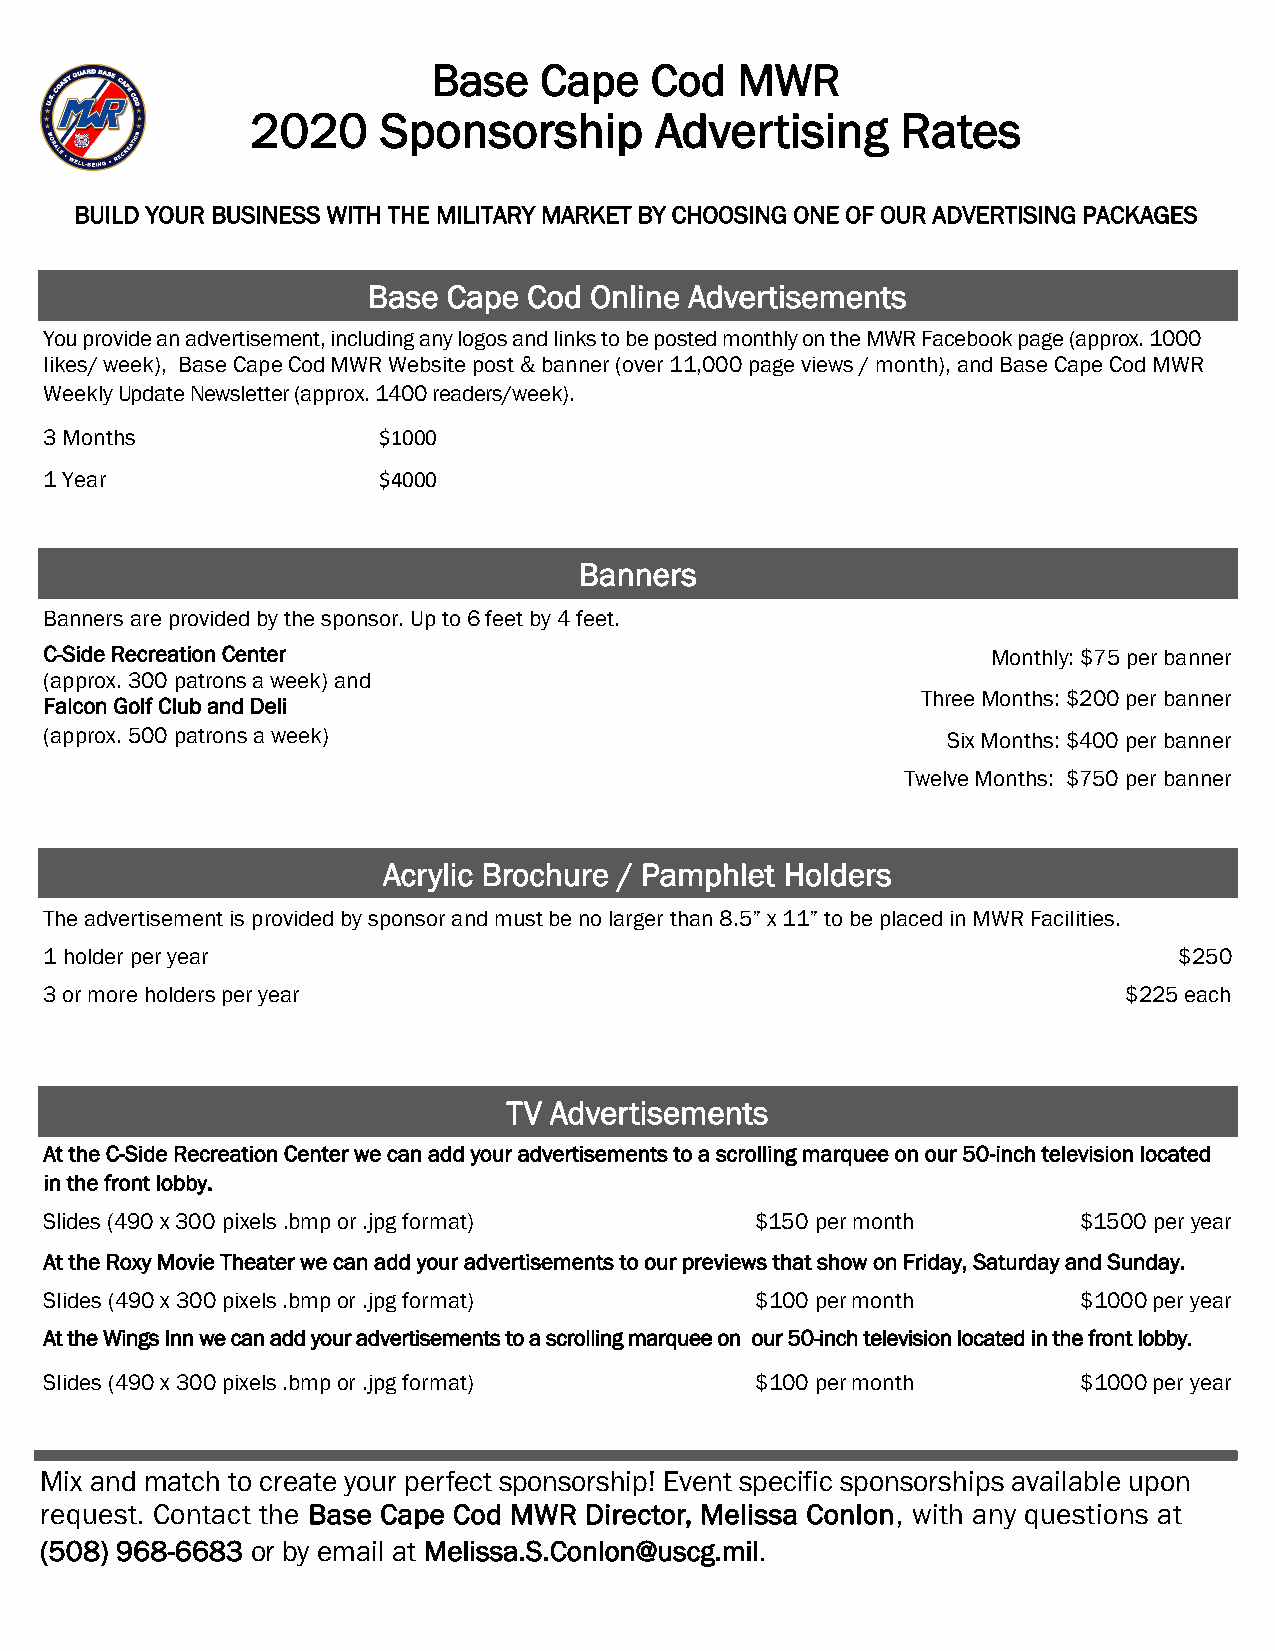
Base   Cape   Cod   MWR
 2020    Sponsorship       Advertising      Rates
 BUILD YOUR BUSINESS WITH THE MILITARY MARKET BY CHOOSING ONE OF OUR ADVERTISING PACKAGES
 Base  Cape Cod Online Advertisements
 You provide an advertisement, including any logos and links to be posted monthly on the MWR Facebook page (approx. 1000
 likes/ week), Base Cape Cod MWR Website post & banner (over 11,000 page views / month), and Base Cape Cod MWR
 Weekly Update Newsletter (approx. 1400 readers/week).
 3 Months              $1000
 1 Year                $4000
 Banners
 Banners are provided by the sponsor. Up to 6 feet by 4 feet.
 C-Side Recreation Center                                       Monthly: $75 per banner
 (approx. 300 patrons a week) and
 Three Months: $200 per banner
 Falcon Golf Club and Deli
 (approx. 500 patrons a week)                                Six Months: $400 per banner
 Twelve Months: $750 per banner
 Acrylic Brochure / Pamphlet Holders
 The advertisement is provided by sponsor and must be no larger than 8.5” x 11” to be placed in MWR Facilities.
 1 holder per year                                                          $250
 3 or more holders per year                                             $225 each
 TV Advertisements
 At the C-Side Recreation Center we can add your advertisements to a scrolling marquee on our 50-inch television located
 in the front lobby.
 Slides (490 x 300 pixels .bmp or .jpg format)  $150 per month        $1500 per year
 At the Roxy Movie Theater we can add your advertisements to our previews that show on Friday, Saturday and Sunday.
 Slides (490 x 300 pixels .bmp or .jpg format)  $100 per month        $1000 per year
 At the Wings Inn we can add your advertisements to a scrolling marquee on our 50-inch television located in the front lobby.
 Slides (490 x 300 pixels .bmp or .jpg format)  $100 per month        $1000 per year
 Mix and match to create your perfect sponsorship! Event specific sponsorships available upon
 request. Contact the Base Cape Cod MWR Director, Melissa Conlon, with any questions at
 (508) 968-6683 or by email at Melissa.S.Conlon@uscg.mil.